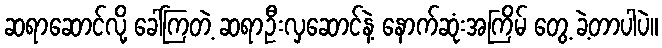
ဆရာဆောင်လို့ ခေါ်ကြတဲ့ ဆရာဦးလှဆောင်နဲ့ နောက်ဆုံးအကြိမ် တွေ့ ခဲ့တာပါပဲ။